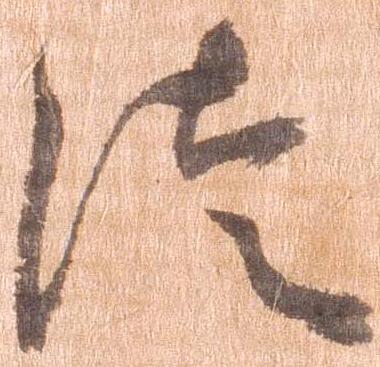
徒